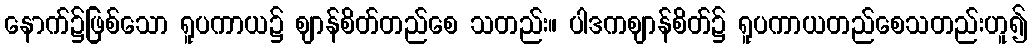
နောက်၌ဖြစ်သော ရူပကာယ၌ ဈာန်စိတ်တည်စေ သတည်း။ ပါဒကဈာန်စိတ်၌ ရူပကာယတည်စေသတည်းဟူ၍